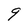
Character: g